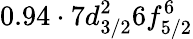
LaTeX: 0.94\cdot 7d_{3/2}^{2}6f_{5/2}^{6}